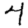
Digit: 4